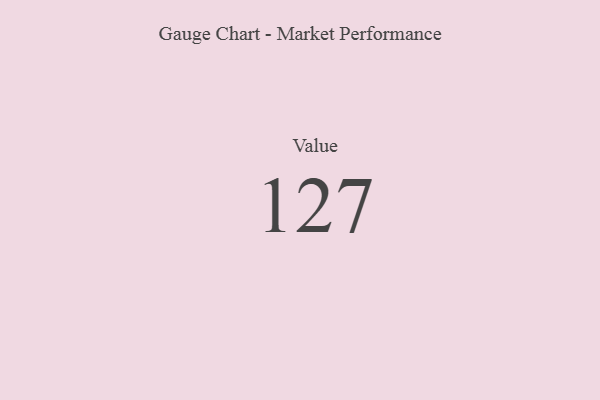
{"axis": {"x": "Metric", "y": "Value"}, "legend": [""], "data": [{"x": "Value", "y": 127, "type": ""}]}